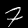
Digit: 7